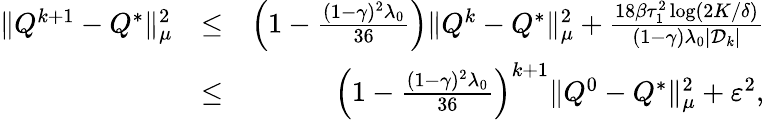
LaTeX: \begin{array}{rlr}{\| Q^{k+1}-Q^{*}\| _{\mu}^{2}}&{\leq}&{\left(1-\frac{(1-\gamma)^{2}\lambda_{0}}{36}\right)\| Q^{k}-Q^{*}\| _{\mu}^{2}+\frac{18\beta\tau_{1}^{2}\log(2K/\delta)}{(1-\gamma)\lambda_{0}|\mathcal{D}_{k}|}}\\ &{\leq}&{\left(1-\frac{(1-\gamma)^{2}\lambda_{0}}{36}\right)^{k+1}\| Q^{0}-Q^{*}\| _{\mu}^{2}+\varepsilon^{2},}\end{array}